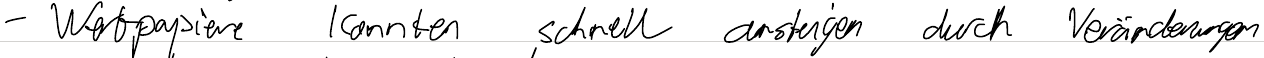
- Wertpapiere konnten schnell ansteigen durch Veränderungen